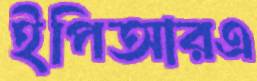
ইপিআরএ